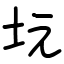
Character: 坃